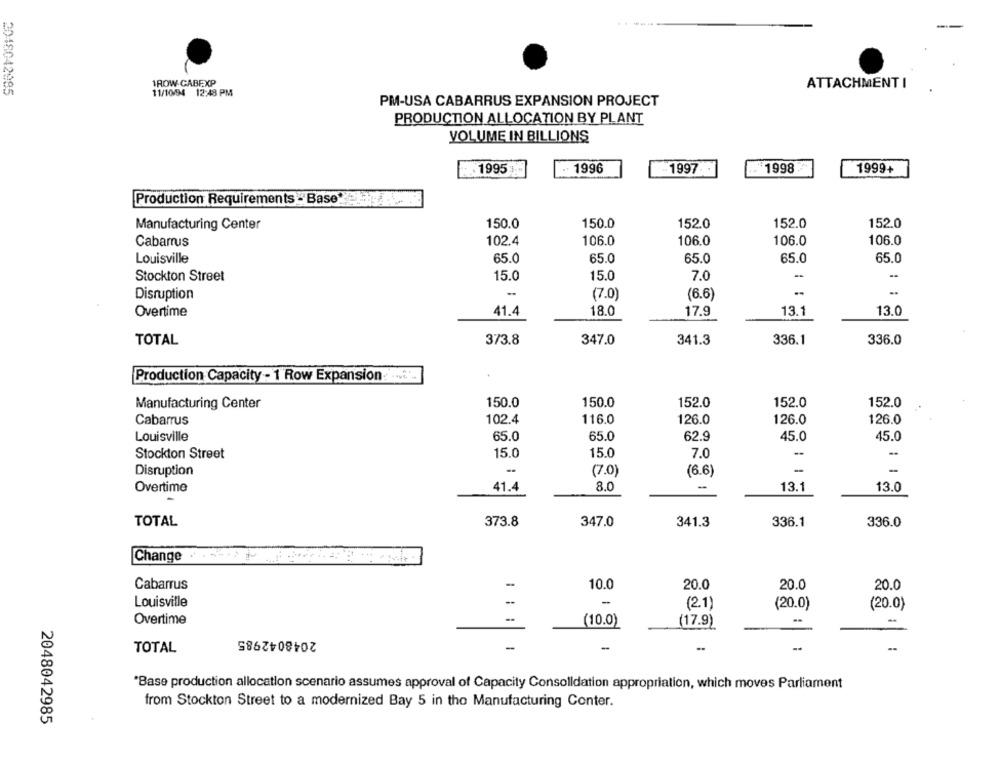
1ROW-CABEXP
ATTACHMENT I
2048042985
11/10/94 12:48 PM
PM-USA CABARRUS EXPANSION PROJECT
PRODUCTION ALLOCATION BY PLANT
VOLUME IN BILLIONS
.1995
. 1996
-1997
.. 1998
1999+
Production Requirements - Base !!
Manufacturing Center
150.0
150.0
152.0
152.0
152.0
Cabarrus
102.4
106.0
106.0
106.0
106.0
65.0
65.0
65.0
65.0
Louisville
65.0
Stockton Street
15.0
15.0
7.0
Disruption
(7.0)
(6.6)
-.
..
Overtime
41.4
18.0
17.9
13.1
13.0
TOTAL
373.8
347.0
341.3
336.1
336.0
Production Capacity - 1 Row Expansion:
150.0
150.0
152.0
152.0
152.0
Manufacturing Center
Cabarrus
102.4
116.0
126.0
126.0
126.0
Louisville
65.0
65.0
62.9
45.0
45.0
Stockton Street
15.0
15.0
7.0
(7.0)
(6.6)
-
-
Disruption
8.0
13.1
13.0
Overtime
41.4
-
TOTAL
373.8
347.0
341.3
336.1
336.0
Change .
Cabarrus
10.0
20.0
20.0
20.0
Louisville
-
(2.1)
(20.0)
(20.0)
Overtime
(10.0)
(17.9)
..
2048042985
-
TOTAL
*Base production allocation scenario assumes approval of Capacity Consolidation appropriation, which moves Parliament
from Stockton Street to a modernized Bay 5 in the Manufacturing Conter.
2048042985